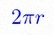
2\pi r